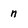
Character: n